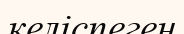
келіспеген